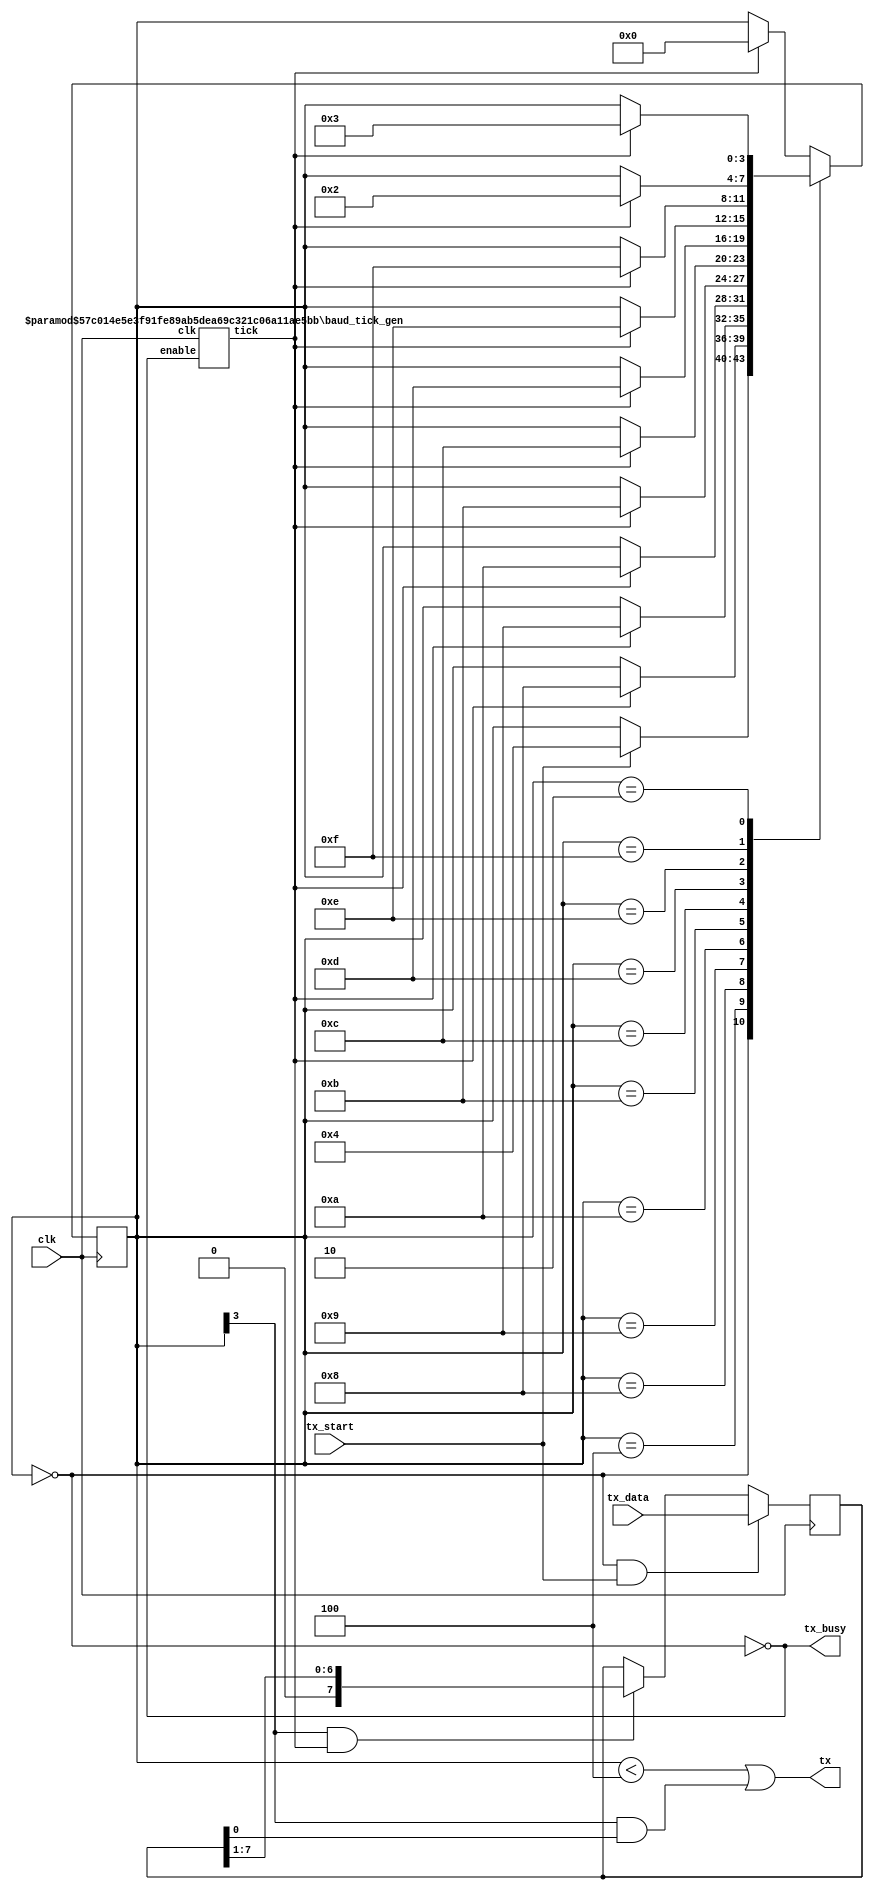
/*
 *  icebreaker examples - Async uart tx module
 *
 *  Copyright (C) 2018 Piotr Esden-Tempski <piotr@esden.net>
 *
 *  Permission to use, copy, modify, and/or distribute this software for any
 *  purpose with or without fee is hereby granted, provided that the above
 *  copyright notice and this permission notice appear in all copies.
 *
 *  THE SOFTWARE IS PROVIDED "AS IS" AND THE AUTHOR DISCLAIMS ALL WARRANTIES
 *  WITH REGARD TO THIS SOFTWARE INCLUDING ALL IMPLIED WARRANTIES OF
 *  MERCHANTABILITY AND FITNESS. IN NO EVENT SHALL THE AUTHOR BE LIABLE FOR
 *  ANY SPECIAL, DIRECT, INDIRECT, OR CONSEQUENTIAL DAMAGES OR ANY DAMAGES
 *  WHATSOEVER RESULTING FROM LOSS OF USE, DATA OR PROFITS, WHETHER IN AN
 *  ACTION OF CONTRACT, NEGLIGENCE OR OTHER TORTIOUS ACTION, ARISING OUT OF
 *  OR IN CONNECTION WITH THE USE OR PERFORMANCE OF THIS SOFTWARE.
 *
 */

module uart_tx(
	input clk,
	input tx_start,
	input [7:0] tx_data,
	output tx,
	output tx_busy);

parameter clk_freq = 12000000;
parameter baud = 115200;

wire bit_tick;
baud_tick_gen #(clk_freq, baud) tickgen(.clk(clk), .enable(tx_busy), .tick(bit_tick));

localparam
	IDLE      = 4'b0000, // tx = high
	BIT_START = 4'b0100, // tx = low
	BIT0      = 4'b1000, // tx = data bit 0
	BIT1      = 4'b1001, // tx = data bit 1
	BIT2      = 4'b1010, // tx = data bit 2
	BIT3      = 4'b1011, // tx = data bit 3
	BIT4      = 4'b1100, // tx = data bit 4
	BIT5      = 4'b1101, // tx = data bit 5
	BIT6      = 4'b1110, // tx = data bit 6
	BIT7      = 4'b1111, // tx = data bit 7
	BIT_STOP1 = 4'b0010, // tx = high
	BIT_STOP2 = 4'b0011; // tx = high

reg [3:0] tx_state = IDLE;
wire tx_ready = (tx_state == 0);
assign tx_busy = ~tx_ready;

reg [7:0] tx_shift = 0;
always @(posedge clk)
begin
	if (tx_ready & tx_start)
		tx_shift <= tx_data;
	else
	if (tx_state[3] & bit_tick)
		tx_shift <= (tx_shift >> 1);

	case (tx_state)
		IDLE:      if(tx_start) tx_state <= BIT_START;
		BIT_START: if(bit_tick) tx_state <= BIT0;
		BIT0:      if(bit_tick) tx_state <= BIT1;
		BIT1:      if(bit_tick) tx_state <= BIT2;
		BIT2:      if(bit_tick) tx_state <= BIT3;
		BIT3:      if(bit_tick) tx_state <= BIT4;
		BIT4:      if(bit_tick) tx_state <= BIT5;
		BIT5:      if(bit_tick) tx_state <= BIT6;
		BIT6:      if(bit_tick) tx_state <= BIT7;
		BIT7:      if(bit_tick) tx_state <= BIT_STOP1;
		BIT_STOP1: if(bit_tick) tx_state <= BIT_STOP2;
		BIT_STOP2: if(bit_tick) tx_state <= IDLE;
		default:   if(bit_tick) tx_state <= IDLE;
	endcase

end

//           high if state START, STOP1, STOP2
//           |                high if transmitting bits and bit is 1
//           |                |
//           V                V
assign tx = (tx_state < 4) | (tx_state[3] & tx_shift[0]);

endmodule

module baud_tick_gen(
	input clk, enable,
	output tick);
parameter clk_freq = 12000000;
parameter baud = 115200;
parameter oversampling = 1;

function integer log2(input integer v); begin log2=0; while(v >> log2) log2 = log2 + 1; end endfunction

localparam acc_width = log2(clk_freq / baud) + 8; // +/- 2% max timing error over a byte

reg [acc_width:0] acc = 0;

localparam shiftlimiter = log2((baud * oversampling) >> (31 - acc_width)); // this makes sure inc calculation doesn't overflow (verilog uses 32bit variables internally)
localparam inc = ((baud * oversampling << (acc_width - shiftlimiter)) + (clk_freq >> (shiftlimiter + 1))) / (clk_freq >> shiftlimiter); // Calculate accumulate increment
//initial $display("acc_width %d, shiftlimit %d, inc %d", acc_width, shiftlimiter, inc);

always @(posedge clk) if (enable) acc <= acc[acc_width-1:0] + inc[acc_width:0]; else acc <= inc[acc_width:0];
assign tick = acc[acc_width];

endmodule